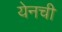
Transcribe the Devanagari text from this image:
येनची